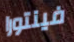
فينتورا